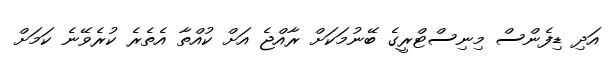
އަދި ޑިފެންސް މިނިސްޓްރީގެ ބޭނުމަކަށް ރާއްޖެ އަށް ކުއްތާ އެތެރެ ކުރެވޭނެ ކަމަށް